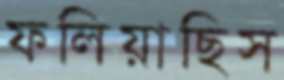
ফলিয়াছিস